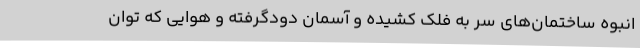
انبوه ساختمان‌های سر به فلک کشیده و آسمان دودگرفته و هوایی که توان